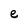
Character: e